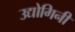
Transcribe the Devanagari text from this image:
उद्योगिनी